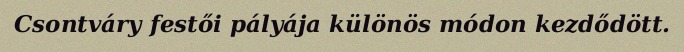
Csontváry festői pályája különös módon kezdődött.